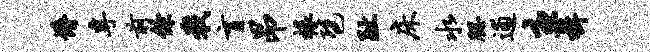
懵专前余戢盲昂椽琶趾床水腮逋主楫